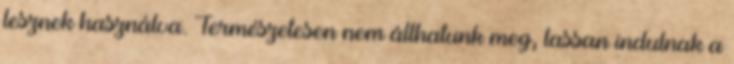
lesznek használva. Természetesen nem állhatunk meg, lassan indulnak a